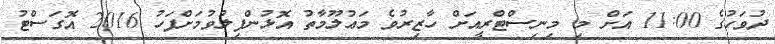
ދުވަހުގެ 11:00 އަށް މި މިނިސްޓްރީއަށް ހާޒިރުވެ މަޢުލޫމާތު އޮޅުންފިލުވުމަށްފަހު 2016 އޮގަސްޓު